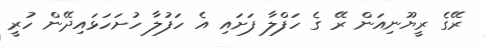
ރޭގެ ރީޔޫނިއަން ރޭ ގެ ހަފްލާ ފަށައި އެ ހަފުލާ ހުށަހަޅައިދޭން ހުރީ